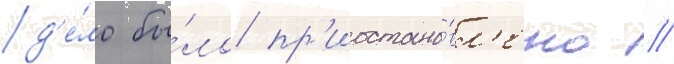
д'е́ло бы́ло пр'иостано́вл'ено //